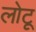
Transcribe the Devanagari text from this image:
लोटू